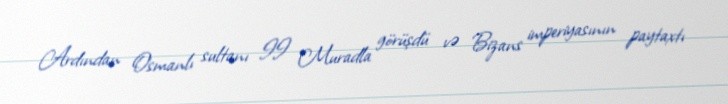
Ardından Osmanlı sultanı II Muradla görüşdü və Bizans imperiyasının paytaxtı